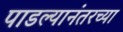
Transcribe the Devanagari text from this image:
पाडल्यानंतरच्या